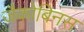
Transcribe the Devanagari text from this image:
जैकोबिनस